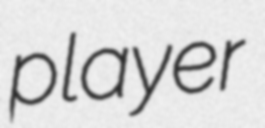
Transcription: player